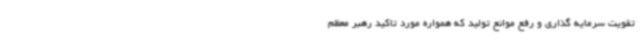
تقویت سرمایه گذاری و رفع موانع تولید که همواره مورد تاکید رهبر معظم